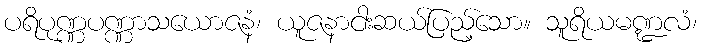
ပရိပုဏ္ဏပဏ္ဏာသယောဇနံ၊ ယူဇနာငါးဆယ်ပြည့်သော။ သူရိယမဏ္ဍလံ၊